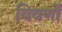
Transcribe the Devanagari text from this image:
विवर्णों